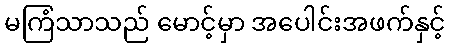
မကြံသာသည် မောင့်မှာ အပေါင်းအဖက်နှင့်